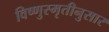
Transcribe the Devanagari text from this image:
विष्णुस्मृतीनुसार